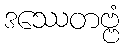
ဒဿေတဗ္ဗံ